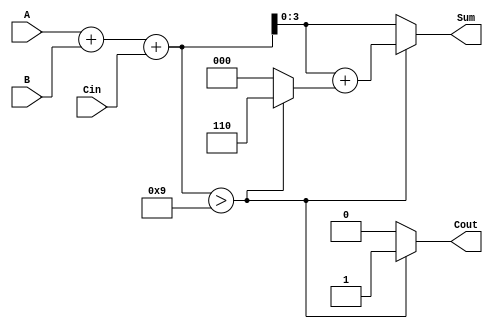
module BCD_Conditional_Adder (
    input wire [3:0] A,       // BCD digit A
    input wire [3:0] B,       // BCD digit B
    input wire Cin,           // Carry-in signal
    output reg [3:0] Sum,     // BCD Sum
    output reg Cout           // Carry-out signal
);

    // Intermediate binary sum
    wire [4:0] binary_sum; // 5 bits to accommodate carry
    wire [4:0] corrected_sum;

    // Binary addition of A, B and Cin
    assign binary_sum = A + B + Cin;

    // Check if the binary sum exceeds the BCD limit (9)
    assign corrected_sum = binary_sum + (binary_sum > 9 ? 6 : 0);

    // Output sum and carry-out generation
    always @* begin
        if (binary_sum > 9) begin
            Sum = corrected_sum[3:0]; // Take only the lower 4 bits
            Cout = 1;                 // Set carry-out if sum exceeds 9
        end else begin
            Sum = binary_sum[3:0];    // Valid BCD sum
            Cout = 0;                 // No carry-out
        end
    end

endmodule